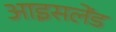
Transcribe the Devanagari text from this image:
आइसलेंड